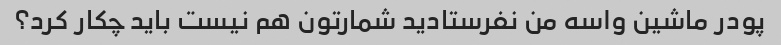
پودر ماشین واسه من نفرستادید شمارتون هم نیست باید چکار کرد؟